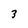
Character: 3